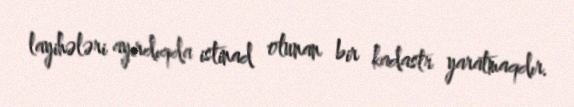
layihələri ayırdıqda istinad olunan bir kadastr yaratmaqdır.